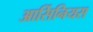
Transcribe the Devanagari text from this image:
आर्सिनियस